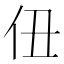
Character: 𪜫